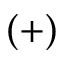
( + )